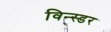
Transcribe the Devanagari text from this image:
विन्स्डर